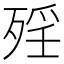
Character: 𣨮